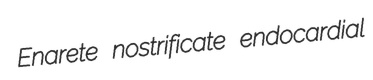
Enarete nostrificate endocardial